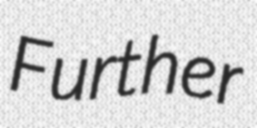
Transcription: Further